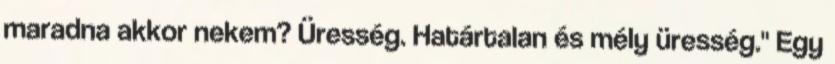
maradna akkor nekem? Üresség. Határtalan és mély üresség." Egy